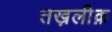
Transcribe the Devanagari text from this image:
तख़लीक़